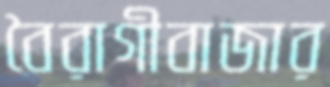
বৈরাগীবাজার